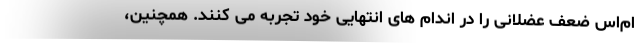
ام‌اس ضعف عضلانی را در اندام های انتهایی خود تجربه می کنند. همچنین،